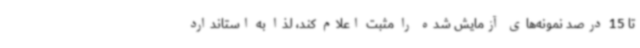
تا 15 درصد نمونه‌های آزمایش شده را مثبت اعلام کند، لذا به استاندارد